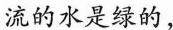
流的水是绿的，